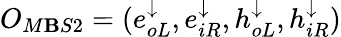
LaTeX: O_{M\mathbf{B}S2}=(e_{oL}^{\downarrow},e_{iR}^{\downarrow},h_{oL}^{\downarrow},h_{iR}^{\downarrow})